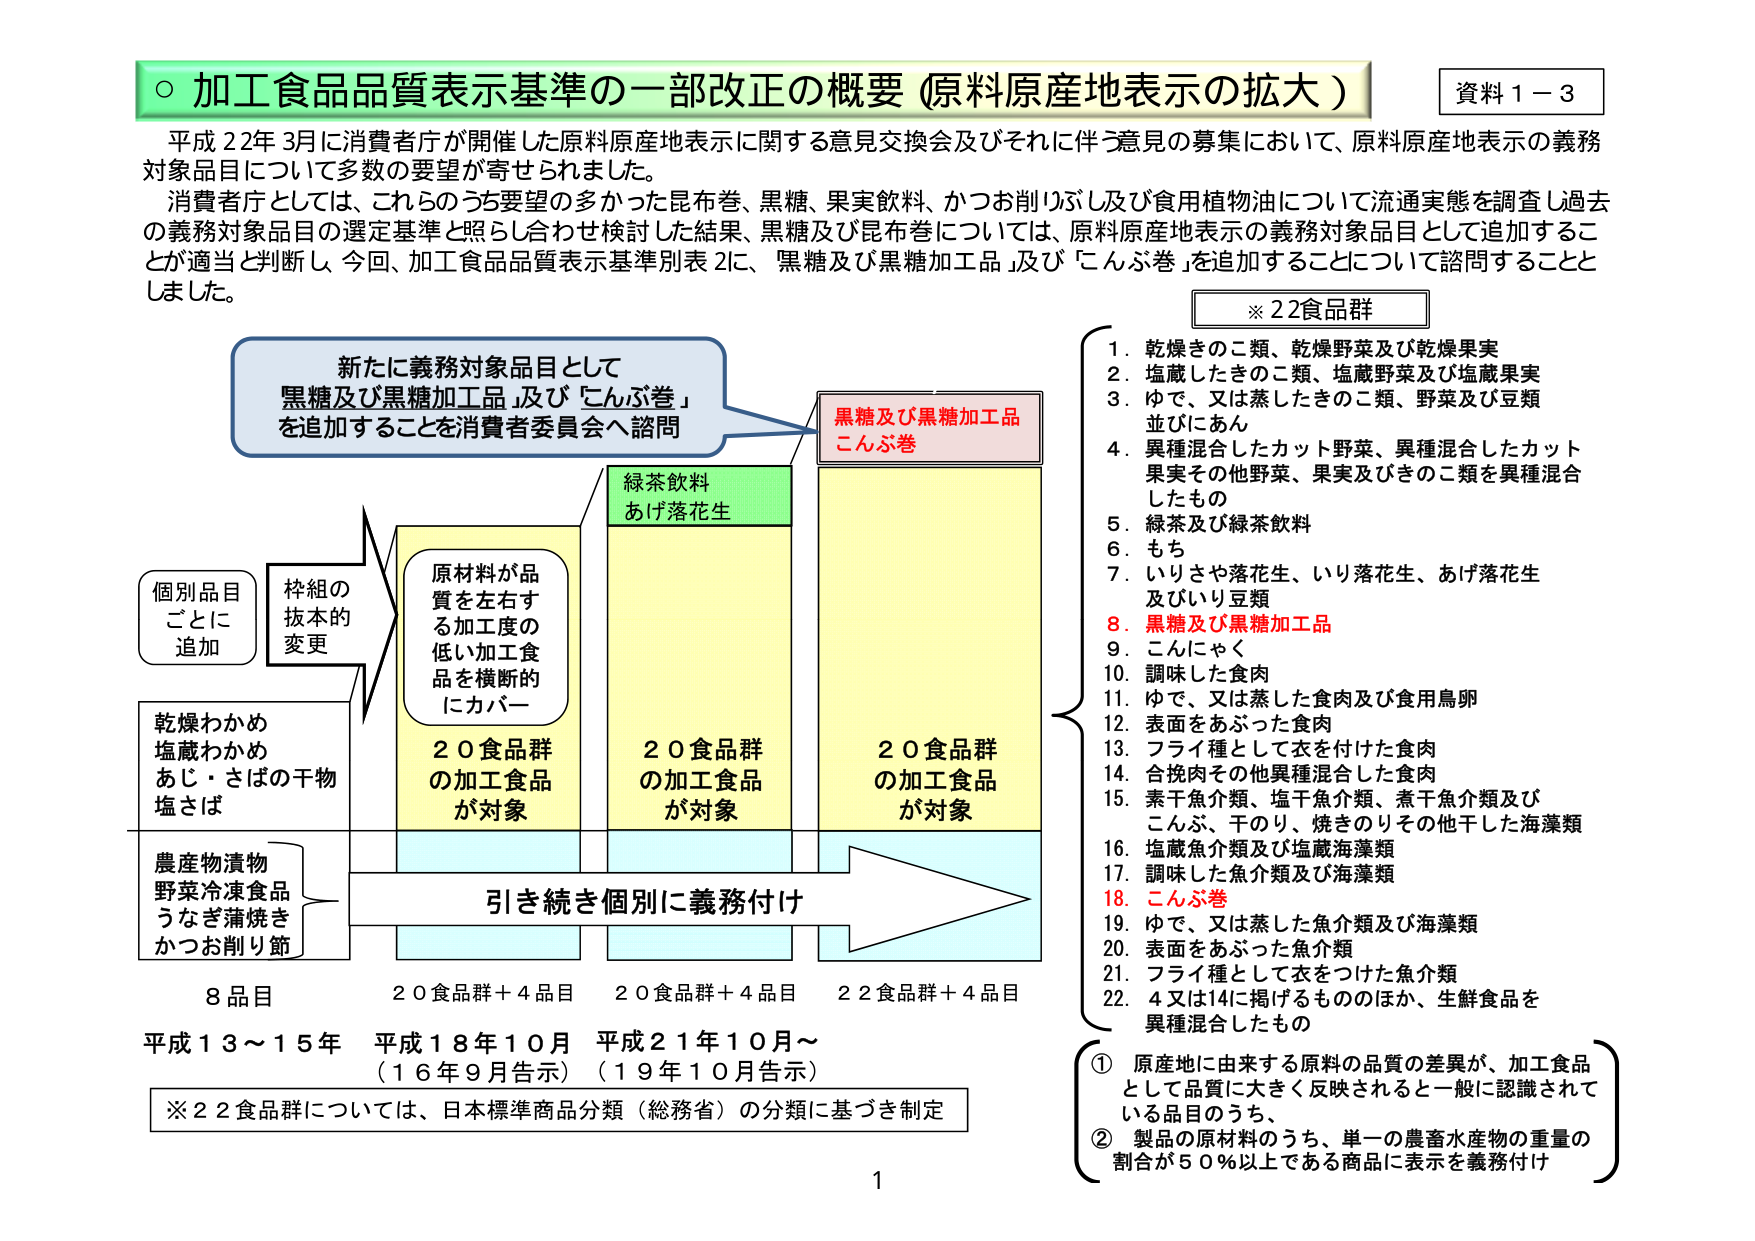
○ 加工食品品質表示基準の一部改正の概要（原料原産地表示の拡大）

資料１－３

平成２２年３月に消費者庁が開催した原料原産地表示に関する意見交換会及びそれに伴う意見の募集において、原料原産地表示の義務対象品目について多数の要望が寄せられました。

消費者庁としては、これらのうち要望の多かった昆布巻、黒糖、果実飲料、かつお削りぶし及び食用植物油について流通実態を調査し過去の義務対象品目の選定基準と照らし合わせ検討した結果、黒糖及び昆布巻については、原料原産地表示の義務対象品目として追加することが適当と判断し、今回、加工食品品質表示基準別表２に、「黒糖及び黒糖加工品」及び「こんぶ巻」を追加することについて諮問することとしました。

※２２食品群

１．乾燥きのこ類、乾燥野菜及び乾燥果実
２．塩蔵したきのこ類、塩蔵野菜及び塩蔵果実
３．ゆで、又は蒸したきのこ類、野菜及び豆類並びにあん
４．異種混合したカット野菜、異種混合したカット果実その他野菜、果実及びきのこ類を異種混合したもの
５．緑茶及び緑茶飲料
６．もち
７．いりさや落花生、いり落花生、あげ落花生及びいり豆類
８．黒糖及び黒糖加工品
９．こんにゃく
１０．調味した食肉
１１．ゆで、又は蒸した食肉及び食用鳥卵
１２．表面をあぶった食肉
１３．フライ種として衣を付けた食肉
１４．合挽肉その他異種混合した食肉
１５．素干魚介類、塩干魚介類、煮干魚介類及びこんぶ、干のり、焼きのりその他干した海藻類
１６．塩蔵魚介類及び塩蔵海藻類
１７．調味した魚介類及び海藻類
１８．こんぶ巻
１９．ゆで、又は蒸した魚介類及び海藻類
２０．表面をあぶった魚介類
２１．フライ種として衣をつけた魚介類
２２．４又は１４に掲げるもののほか、生鮮食品を異種混合したもの

① 原産地に由来する原料の品質の差異が、加工食品として品質に大きく反映されると一般に認識されている品目のうち、
② 製品の原材料のうち、単一の農畜水産物の重量の割合が５０％以上である商品に表示を義務付け

新たに義務対象品目として
「黒糖及び黒糖加工品」及び「こんぶ巻」
を追加することを消費者委員会へ諮問

黒糖及び黒糖加工品
こんぶ巻

緑茶飲料
あげ落花生

原材料が品質を左右する加工度の低い加工食品を横断的にカバー

個別品目ごとに追加
枠組の抜本的変更

乾燥わかめ
塩蔵わかめ
あじ・さばの干物
塩さば

農産物漬物
野菜冷凍食品
うなぎ蒲焼き
かつお削り節

引き続き個別に義務付け

８品目
平成１３～１５年

２０食品群＋４品目
平成１８年１０月（１６年９月告示）

２０食品群＋４品目
平成２１年１０月～（１９年１０月告示）

２２食品群＋４品目

※２２食品群については、日本標準商品分類（総務省）の分類に基づき制定

１